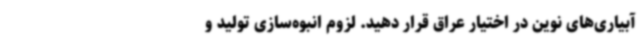
آبیاری‌های نوین در اختیار عراق قرار دهید. لزوم انبوه‌سازی تولید و